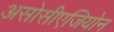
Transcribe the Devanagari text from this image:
असोसीएजियोन